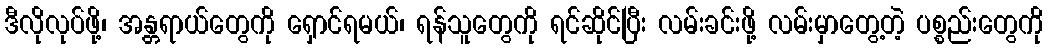
ဒီလိုလုပ်ဖို့၊ အန္တရာယ်တွေကို ရှောင်ရမယ်၊ ရန်သူတွေကို ရင်ဆိုင်ပြီး လမ်းခင်းဖို့ လမ်းမှာတွေ့တဲ့ ပစ္စည်းတွေကို